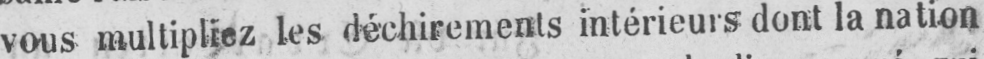
vous multipliez les déchirements intérieurs dont la nation